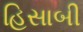
હિસાબી